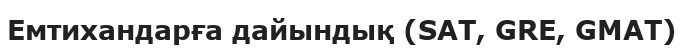
Емтихандарға дайындық (SAT, GRE, GMAT)